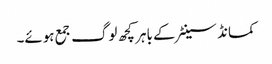
کمانڈ سینٹر کے باہر کچھ لوگ جمع ہوئے۔